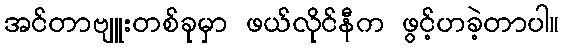
အင်တာဗျူးတစ်ခုမှာ ဖယ်လိုင်နီက ဖွင့်ဟခဲ့တာပါ။